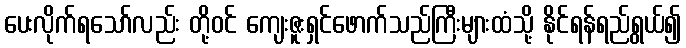
ပေးလိုက်ရသော်လည်း တို့ဝင် ကျေးဇူးရှင်ဖောက်သည်ကြီးများထံသို့ နိုင်ရန်ရည်ရွယ်၍